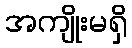
အကျိုးမရှိ